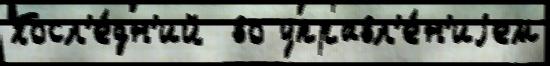
Посл'е́дн'ий  во управл'е́н'иjем